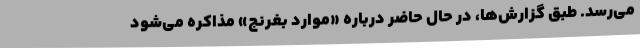
می‌رسد. طبق گزارش‌ها، در حال حاضر درباره «موارد بغرنج» مذاکره می‌شود